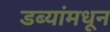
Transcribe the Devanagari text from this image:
डब्यांमधून